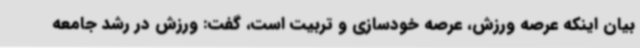
بیان اینکه عرصه ورزش، عرصه خودسازی و تربیت است، گفت: ورزش در رشد جامعه